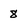
Character: 8